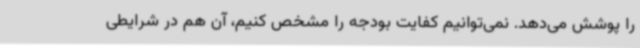
را پوشش می‌دهد. نمی‌توانیم‌ کفایت بودجه را مشخص کنیم، آن هم در شرایطی